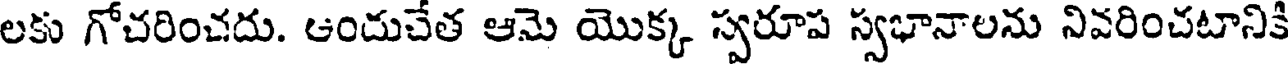
లకు గోచరించదు. ఆందుచేత ఆమె యొక్క స్వరూప స్వభానాలను నివరించటానికి